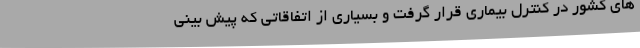
های کشور در کنترل بیماری قرار گرفت و بسیاری از اتفاقاتی که پیش بینی